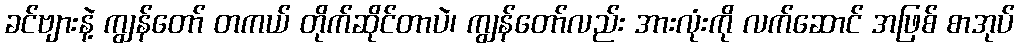
ခင်ဗျားနဲ့ ကျွန်တော် တကယ် တိုက်ဆိုင်တာပဲ၊ ကျွန်တော်လည်း အားလုံးကို လက်ဆောင် အဖြစ် စာအုပ်